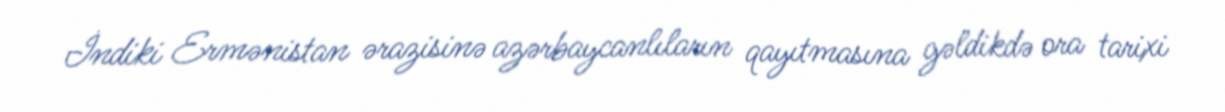
İndiki Ermənistan ərazisinə azərbaycanlıların qayıtmasına gəldikdə ora tarixi